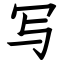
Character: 写